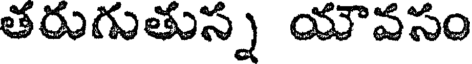
తరుగుతున్న యౌవసం